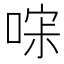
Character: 𰈎